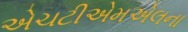
એચટીએમએલના